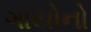
ગાયોનો